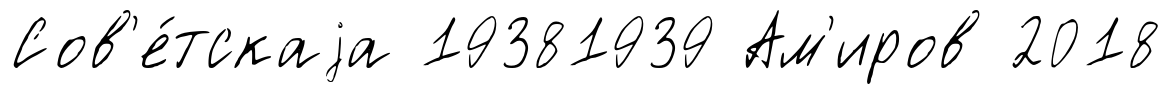
Сов'е́тскаjа 19381939 Ам'иров 2018